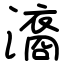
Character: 㵝